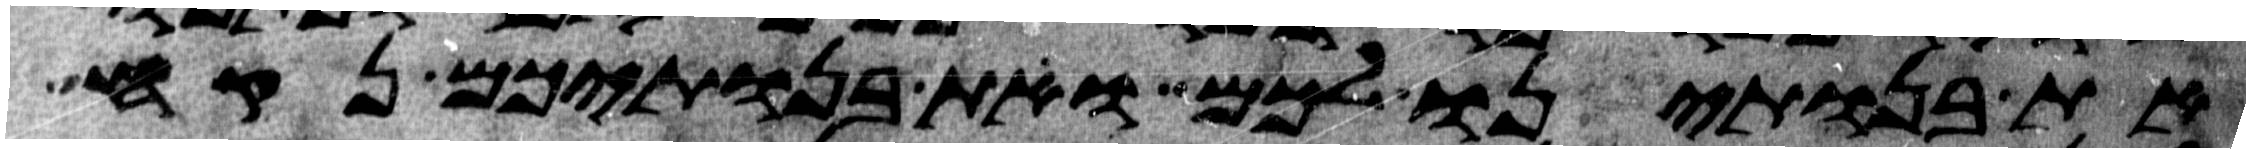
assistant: את בנתינו לכם ואת בנתיכם נקח